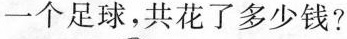
一个足球，共花了多少钱?